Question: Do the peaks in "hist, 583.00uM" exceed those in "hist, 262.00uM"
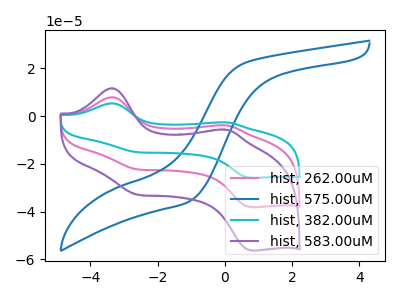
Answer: <think>The pink curve "hist, 262.00uM" has anodic peaks at (-3.40V, 7.90uA) (0.05V, -3.85uA) and cathodic peaks at (-2.60V, -22.30uA) (0.80V, -38.15uA). The blue curve "hist, 575.00uM" has no peaks. The cyan curve "hist, 382.00uM" has anodic peaks at (-3.40V, 15.85uA) (0.05V, -7.75uA) and cathodic peaks at (-2.60V, -44.55uA) (0.80V, -76.30uA). The purple curve "hist, 583.00uM" has anodic peaks at (-3.40V, 11.70uA) (0.05V, -5.70uA) and cathodic peaks at (-2.60V, -32.90uA) (0.80V, -56.30uA).</think>
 <answer>The peaks in "hist, 583.00uM" are neither all higher or all lower than the peaks in "hist, 262.00uM".</answer>
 <eval>mixed</eval>